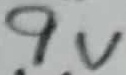
Text: 9V